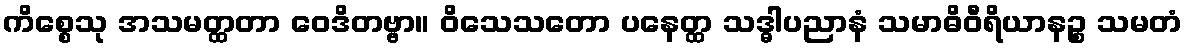
ကိစ္စေသု အသမတ္ထတာ ဝေဒိတဗ္ဗာ။ ဝိသေသတော ပနေတ္ထ သဒ္ဓါပညာနံ သမာဓိဝီရိယာနဉ္စ သမတံ